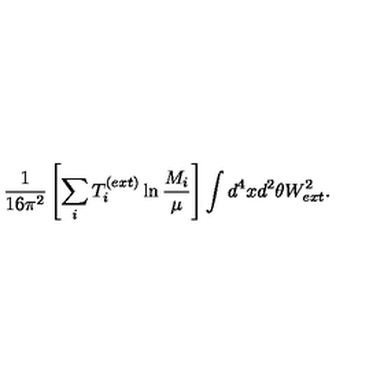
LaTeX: \frac { 1 } { 1 6 \pi ^ { 2 } } \left[ \sum _ { i } T _ { i } ^ { ( e x t ) } \ln \frac { M _ { i } } { \mu } \right] \int d ^ { 4 } x d ^ { 2 } \theta W _ { e x t } ^ { 2 } .